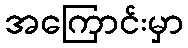
အကြောင်းမှာ